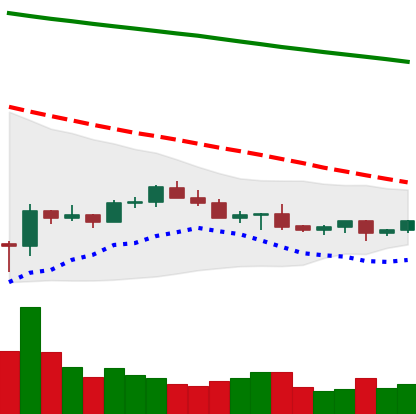
Ticker: LTC-USD
Chart end date: 2022-07-07
Forward return: -8.823%
Label: down_7plus